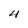
Character: 4